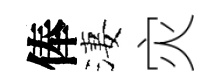
俸淒灾